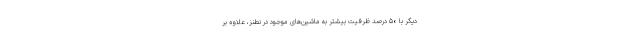
دیگر با ۵۰ درصد ظرفیت بیشتر به ماشین‌های موجود در نطنز، علاوه بر